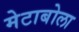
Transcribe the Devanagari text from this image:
मेटाबोला